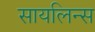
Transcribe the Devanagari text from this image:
सायलिन्स